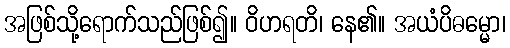
အဖြစ်သို့ရောက်သည်ဖြစ်၍။ ဝိဟရတိ၊ နေ၏။ အယံပိဓမ္မော၊